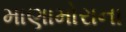
માણામોરાના